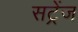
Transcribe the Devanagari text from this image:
सट्रेंज